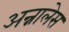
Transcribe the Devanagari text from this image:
अन्नालेस